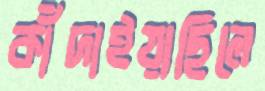
কাঁদাইয়াছিলে